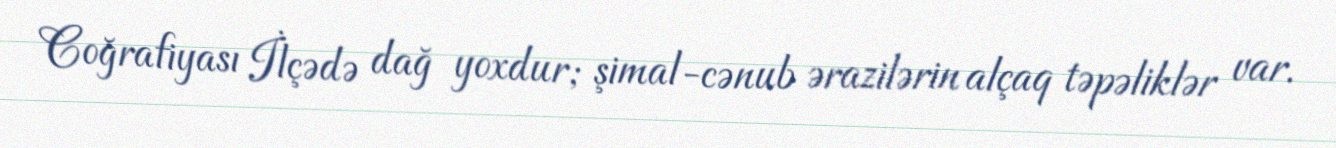
Coğrafiyası İlçədə dağ yoxdur; şimal-cənub ərazilərin alçaq təpəliklər var.